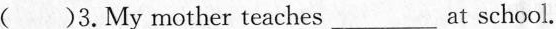
( )3.My mother teaches___at school.